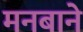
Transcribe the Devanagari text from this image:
मनबाने